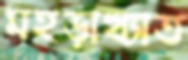
মহড়াখ্যাত